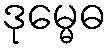
ဒုမ္မေဓ